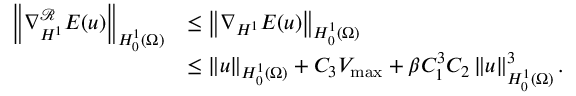
\begin{array} { r l } { \left\Vert \nabla _ { H ^ { 1 } } ^ { \mathcal { R } } E ( u ) \right\Vert _ { H _ { 0 } ^ { 1 } ( \Omega ) } } & { \leq \left\Vert \nabla _ { H ^ { 1 } } E ( u ) \right\Vert _ { H _ { 0 } ^ { 1 } ( \Omega ) } } \\ & { \leq \left\Vert u \right\Vert _ { H _ { 0 } ^ { 1 } ( \Omega ) } + C _ { 3 } V _ { \operatorname* { m a x } } + \beta C _ { 1 } ^ { 3 } C _ { 2 } \left\Vert u \right\Vert _ { H _ { 0 } ^ { 1 } ( \Omega ) } ^ { 3 } . } \end{array}